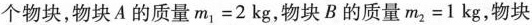
个物块，物块A的质量$$m_{1}=2kg$$，物块B的质量$$m_{2}=1kg$$，物块